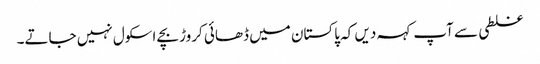
غلطی سے آپ کہہ دیں کہ پاکستان میں ڈھائی کروڑ بچے اسکول نہیں جاتے۔